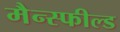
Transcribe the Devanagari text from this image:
मैन्स्फील्ड